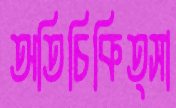
অতিচিকিত্সা